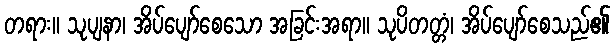
တရား။ သုပျနာ၊ အိပ်ပျော်စေသော အခြင်းအရာ။ သုပိတတ္တံ၊ အိပ်ပျော်စေသည်၏